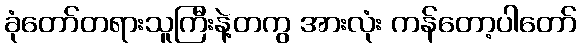
ခုံတော်တရားသူကြီးနဲ့တကွ အားလုံး ကန်တော့ပါတော်